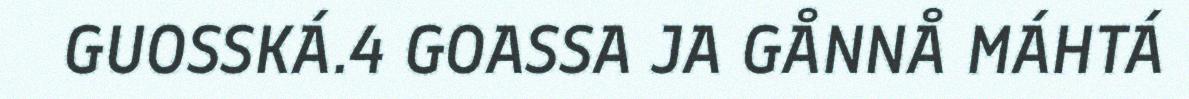
GUOSSKÁ.4 GOASSA JA GÅNNÅ MÁHTÁ